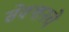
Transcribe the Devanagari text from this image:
सेक्शनचे